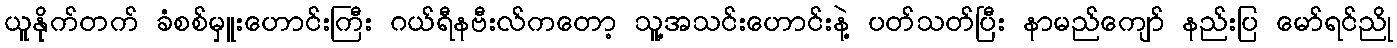
ယူနိုက်တက် ခံစစ်မှူးဟောင်းကြီး ဂယ်ရီနဗီးလ်ကတော့ သူ့အသင်းဟောင်းနဲ့ ပတ်သတ်ပြီး နာမည်ကျော် နည်းပြ မော်ရင်ညို